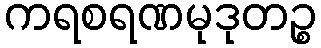
ကရစရဏမုဒုတဉ္စ